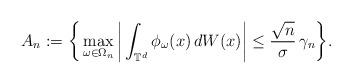
LaTeX: \begin{align*}A_n:=\bigg\{\max_{\omega\in\Omega_n}\bigg|\int_{\mathbb{T}^d}\phi_{\omega}(x)\, dW(x)\bigg|\leq \frac{\sqrt{n}}{\sigma}\, \gamma_n\bigg\}. \end{align*}